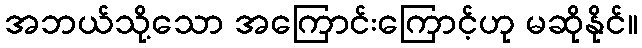
အဘယ်သို့သော အကြောင်းကြောင့်ဟု မဆိုနိုင်။